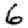
Digit: 6